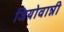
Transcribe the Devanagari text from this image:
जियोवान्नी